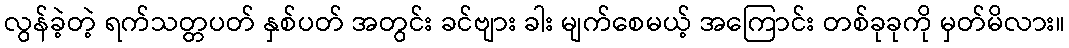
လွန်ခဲ့တဲ့ ရက်သတ္တပတ် နှစ်ပတ် အတွင်း ခင်ဗျား ခါး မျက်စေမယ့် အကြောင်း တစ်ခုခုကို မှတ်မိလား။